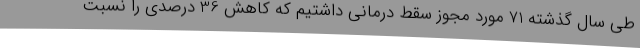
طی سال گذشته 71 مورد مجوز سقط درمانی داشتیم که کاهش 36 درصدی را نسبت